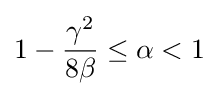
1-{\frac {\gamma ^{2}}{8\beta }}\leq \alpha <1